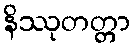
နိဿုတတ္တာ